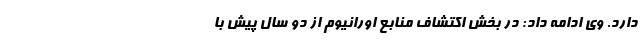
دارد. وی ادامه داد: در بخش اکتشاف منابع اورانیوم از دو سال پیش با